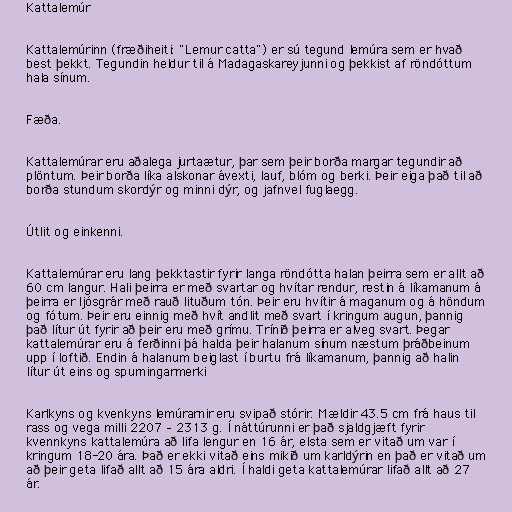
Kattalemúr

Kattalemúrinn (fræðiheiti: "Lemur catta") er sú tegund lemúra sem er hvað
best þekkt. Tegundin heldur til á Madagaskareyjunni og þekkist af röndóttum
hala sínum.

Fæða.

Kattalemúrar eru aðalega jurtaætur, þar sem þeir borða margar tegundir að
plöntum. Þeir borða líka alskonar ávexti, lauf, blóm og berki. Þeir eiga það til að
borða stundum skordýr og minni dýr, og jafnvel fuglaegg.

Útlit og einkenni.

Kattalemúrar eru lang þekktastir fyrir langa röndótta halan þeirra sem er allt að
60 cm langur. Hali þeirra er með svartar og hvítar rendur, restin á líkamanum á
þeirra er ljósgrár með rauð lituðum tón. Þeir eru hvítir á maganum og á höndum
og fótum. Þeir eru einnig með hvít andlit með svart í kringum augun, þannig
það lítur út fyrir að þeir eru með grímu. Trínið þeirra er alveg svart. Þegar
kattalemúrar eru á ferðinni þá halda þeir halanum sínum næstum þráðbeinum
upp í loftið. Endin á halanum beiglast í burtu frá líkamanum, þannig að halin
lítur út eins og spurningarmerki

Karlkyns og kvenkyns lemúrarnir eru svipað stórir. Mældir 43.5 cm frá haus til
rass og vega milli 2207 – 2313 g. Í náttúrunni er það sjaldgjæft fyrir
kvennkyns kattalemúra að lifa lengur en 16 ár, elsta sem er vitað um var í
kringum 18-20 ára. Það er ekki vitað eins mikið um karldýrin en það er vitað um
að þeir geta lifað allt að 15 ára aldri. Í haldi geta kattalemúrar lifað allt að 27
ár.